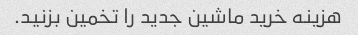
هزینه خرید ماشین جدید را تخمین بزنید.